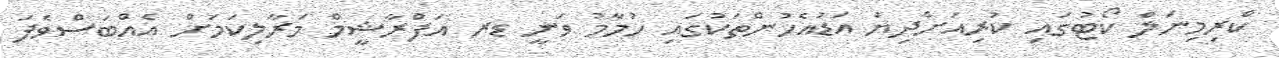
ކްރިމިނަލް ކޯޓުގައި ކުރިއަށްދިޔަ އަޑުއެހުންތަކުގައި ހުމާމު ވަނީ ޑރ އަފްރާޝީމް މަރާލިކަމަށް އެއްބަސްވެފަ